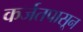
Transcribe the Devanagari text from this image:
कर्जतपासून